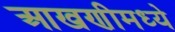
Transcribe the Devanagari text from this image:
आखणीमध्ये